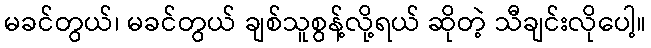
မခင်တွယ်၊ မခင်တွယ် ချစ်သူစွန့်လို့ရယ် ဆိုတဲ့ သီချင်းလိုပေါ့။